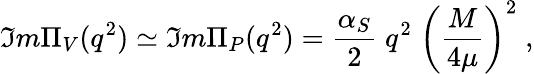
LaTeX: \Im m\Pi_{V}(q^{2})\simeq\Im m\Pi_{P}(q^{2})=\frac{\alpha_{S}}{2}\; q^{2}\; \biggl(\frac{M}{4\mu}\biggr)^{2}\; ,